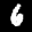
Label: 6